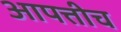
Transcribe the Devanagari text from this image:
आपत्तीच